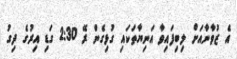
އެ ޒުވާނާއަށް ލިބިފައިވާ އަނިޔާތަކައި ގުޅިގެން ރޭ 2:30 ގަޑި އިރުގެ ދިގު